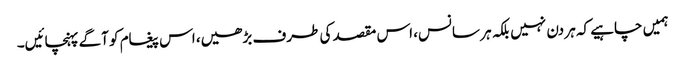
ہمیں چاہیے کہ ہر دن نہیں بلکہ ہر سانس، اس مقصد کی طرف بڑھیں، اس پیغام کو آگے پہنچائیں۔